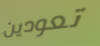
تعودين